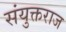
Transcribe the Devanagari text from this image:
संयुक्तराज